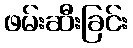
ဖမ်းဆီးခြင်း